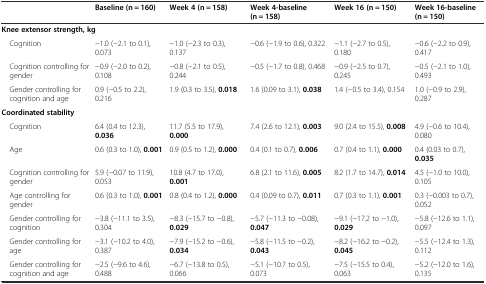
<table><thead><tr><td></td><td><b>Baseline (n = 160)</b></td><td><b>Week 4 (n = 158)</b></td><td><b>Week 4-baseline (n = 158)</b></td><td><b>Week 16 (n = 150)</b></td><td><b>Week 16-baseline (n = 150)</b></td></tr></thead><tbody><tr><td colspan="6"><b>Knee extensor strength, kg</b></td></tr><tr><td> Cognition</td><td>-1.0 (-2.1 to 0.1), 0.073</td><td>-1.0 (-2.3 to 0.3), 0.137</td><td>-0.6 (-1.9 to 0.6), 0.322</td><td>-1.1 (-2.7 to 0.5), 0.180</td><td>-0.6 (-2.2 to 0.9), 0.417</td></tr><tr><td> Cognition controlling forgender</td><td>-0.9 (-2.0 to 0.2), 0.108</td><td>-0.8 (-2.1 to 0.5), 0.244</td><td>-0.5 (-1.7 to 0.8), 0.468</td><td>-0.9 (-2.5 to 0.7), 0.245</td><td>-0.5 (-2.1 to 1.0), 0.493</td></tr><tr><td> Gender controlling forcognition and age</td><td>0.9 (-0.5 to 2.2), 0.216</td><td>1.9 (0.3 to 3.5), <b>0.018</b></td><td>1.6 (0.09 to 3.1), <b>0.038</b></td><td>1.4 (-0.5 to 3.4), 0.154</td><td>1.0 (-0.9 to 2.9), 0.287</td></tr><tr><td colspan="6"><b>Coordinated stability</b></td></tr><tr><td> Cognition</td><td>6.4 (0.4 to 12.3), <b>0.036</b></td><td>11.7 (5.5 to 17.9), <b>0.000</b></td><td>7.4 (2.6 to 12.1), <b>0.003</b></td><td>9.0 (2.4 to 15.5), <b>0.008</b></td><td>4.9 (-0.6 to 10.4), 0.080</td></tr><tr><td> Age</td><td>0.6 (0.3 to 1.0), <b>0.001</b></td><td>0.9 (0.5 to 1.2), <b>0.000</b></td><td>0.4 (0.1 to 0.7), <b>0.006</b></td><td>0.7 (0.4 to 1.1), <b>0.000</b></td><td>0.4 (0.03 to 0.7), <b>0.035</b></td></tr><tr><td> Cognition controlling forgender</td><td>5.9 (-0.07 to 11.9), 0.053</td><td>10.8 (4.7 to 17.0), <b>0.001</b></td><td>6.8 (2.1 to 11.6), <b>0.005</b></td><td>8.2 (1.7 to 14.7), <b>0.014</b></td><td>4.5 (-1.0 to 10.0), 0.105</td></tr><tr><td> Age controlling forgender</td><td>0.6 (0.3 to 1.0), <b>0.001</b></td><td>0.8 (0.4 to 1.2), <b>0.000</b></td><td>0.4 (0.09 to 0.7), <b>0.011</b></td><td>0.7 (0.3 to 1.1), <b>0.001</b></td><td>0.3 (-0.003 to 0.7), 0.052</td></tr><tr><td> Gender controlling forcognition</td><td>-3.8 (-11.1 to 3.5), 0.304</td><td>-8.3 (-15.7 to -0.8), <b>0.029</b></td><td>-5.7 (-11.3 to -0.08), <b>0.047</b></td><td>-9.1 (-17.2 to -1.0), <b>0.029</b></td><td>-5.8 (-12.6 to 1.1), 0.097</td></tr><tr><td> Gender controlling forage</td><td>-3.1 (-10.2 to 4.0), 0.387</td><td>-7.9 (-15.2 to -0.6), <b>0.034</b></td><td>-5.8 (-11.5 to -0.2), <b>0.043</b></td><td>-8.2 (-16.2 to -0.2), <b>0.045</b></td><td>-5.5 (-12.4 to 1.3), 0.112</td></tr><tr><td> Gender controlling forcognition and age</td><td>-2.5 (-9.6 to 4.6), 0.488</td><td>-6.7 (-13.8 to 0.5), 0.066</td><td>-5.1 (-10.7 to 0.5), 0.073</td><td>-7.5 (-15.5 to 0.4), 0.063</td><td>-5.2 (-12.0 to 1.6), 0.135</td></tr></tbody></table>